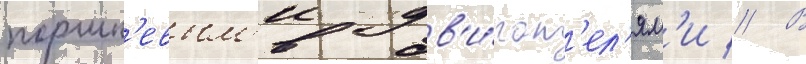
поршн'евым'и дв'и́гат'ел'ям'и // В